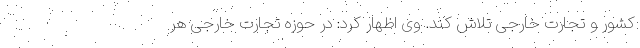
کشور و تجارت خارجی تلاش کند. وی اظهار کرد: در حوزه تجارت خارجی هر